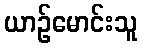
ယာဉ်မောင်းသူ